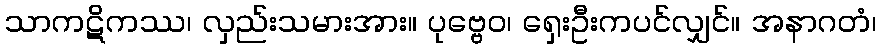
သာကဋိကဿ၊ လှည်းသမားအား။ ပုဗ္ဗေဝ၊ ရှေးဦးကပင်လျှင်။ အနာဂတံ၊